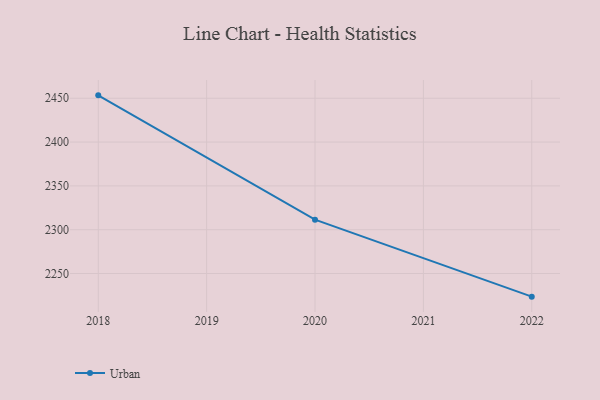
{"axis": {"x": "Year", "y": "Customer Acquisition Cost (USD)"}, "legend": ["Urban"], "data": [{"x": "2022", "y": 2223.6, "type": "Urban"}, {"x": "2020", "y": 2311.4, "type": "Urban"}, {"x": "2018", "y": 2453.3, "type": "Urban"}]}